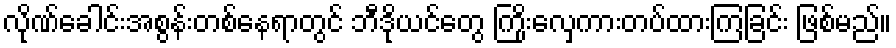
လိုဏ်ခေါင်းအစွန်းတစ်နေရာတွင် ဘီဒိုယင်တွေ ကြိုးလှေကားတပ်ထားကြခြင်း ဖြစ်မည်။